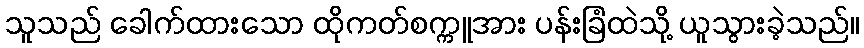
သူသည် ခေါက်ထားသော ထိုကတ်စက္ကူအား ပန်းခြံထဲသို့ ယူသွားခဲ့သည်။